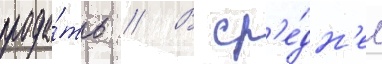
прода́ть // В ср'е́дн'ем